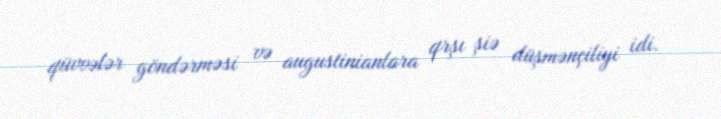
qüvvələr göndərməsi və augustinianlara qrşı şiə düşmənçiliyi idi.